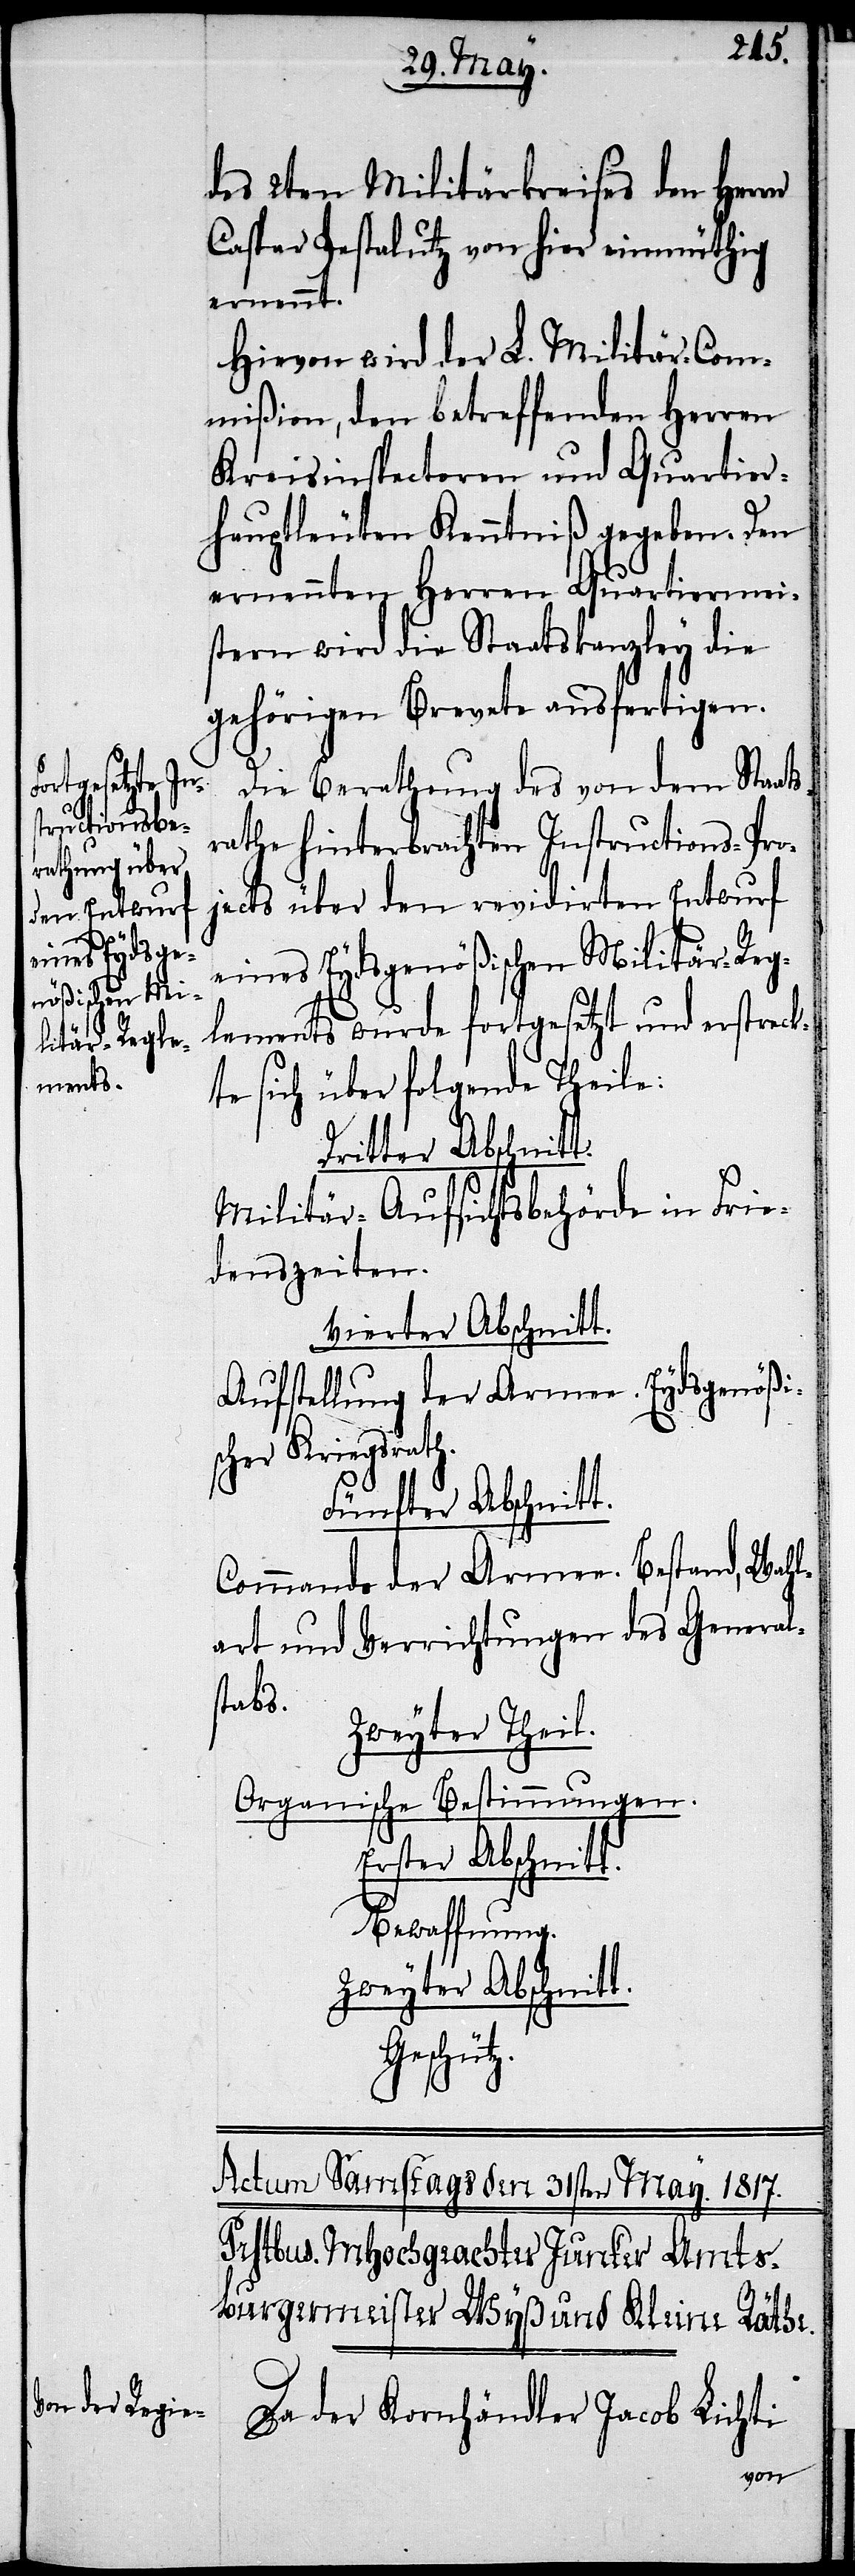
des 2ten Militärkreises den Herrn
Caspar Pestalutz von hier einmüthig
ernennt.
Hievon wird der L. Militär-Com¬
mißion, den betreffenden Herren
Kreisinspectoren und Quartier¬
hauptleuten Kenntniß gegeben. Den
ernennten Herren Quartiermei¬
stern wird die Staatskanzley die
gehörigen Brevete ausfertigen.
Die Berathung des von dem Staats¬
rathe hinterbrachten Instructions-Pro¬
jects über den revidirten Entwurf
eines Eydsgenößischen Militär-Reg¬
lements wurde fortgesetzt und erstreck¬
te sich über folgende Theile:
Dritter Abschnitt.
Militär-Aufsichtsbehörde in Frie¬
denszeiten.
Vierter Abschnitt.
Aufstellung der Armee. Eydsgenößis¬
cher Kriegsrath.
Fünfter Abschnitt.
Commando der Armee. Bestand, Wahl¬
art und Verrichtungen des General¬
stabs.
Zweyther Theil.
Organische Bestimmungen.
Erster Abschnitt.
Bewaffnung.
Zweyter Abschnitt.
Geschütz.
Da der Kornhändler Jacob Lichti